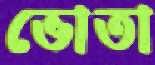
ভোতা